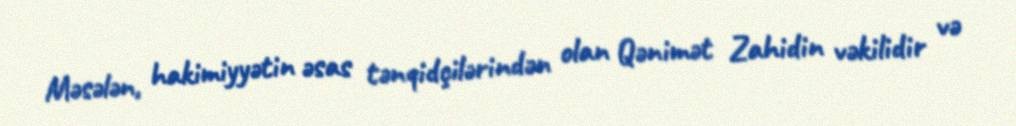
Məsələn, hakimiyyətin əsas tənqidçilərindən olan Qənimət Zahidin vəkilidir və